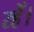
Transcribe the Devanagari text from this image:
रहेँ।